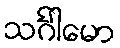
သင်္ဂါမော